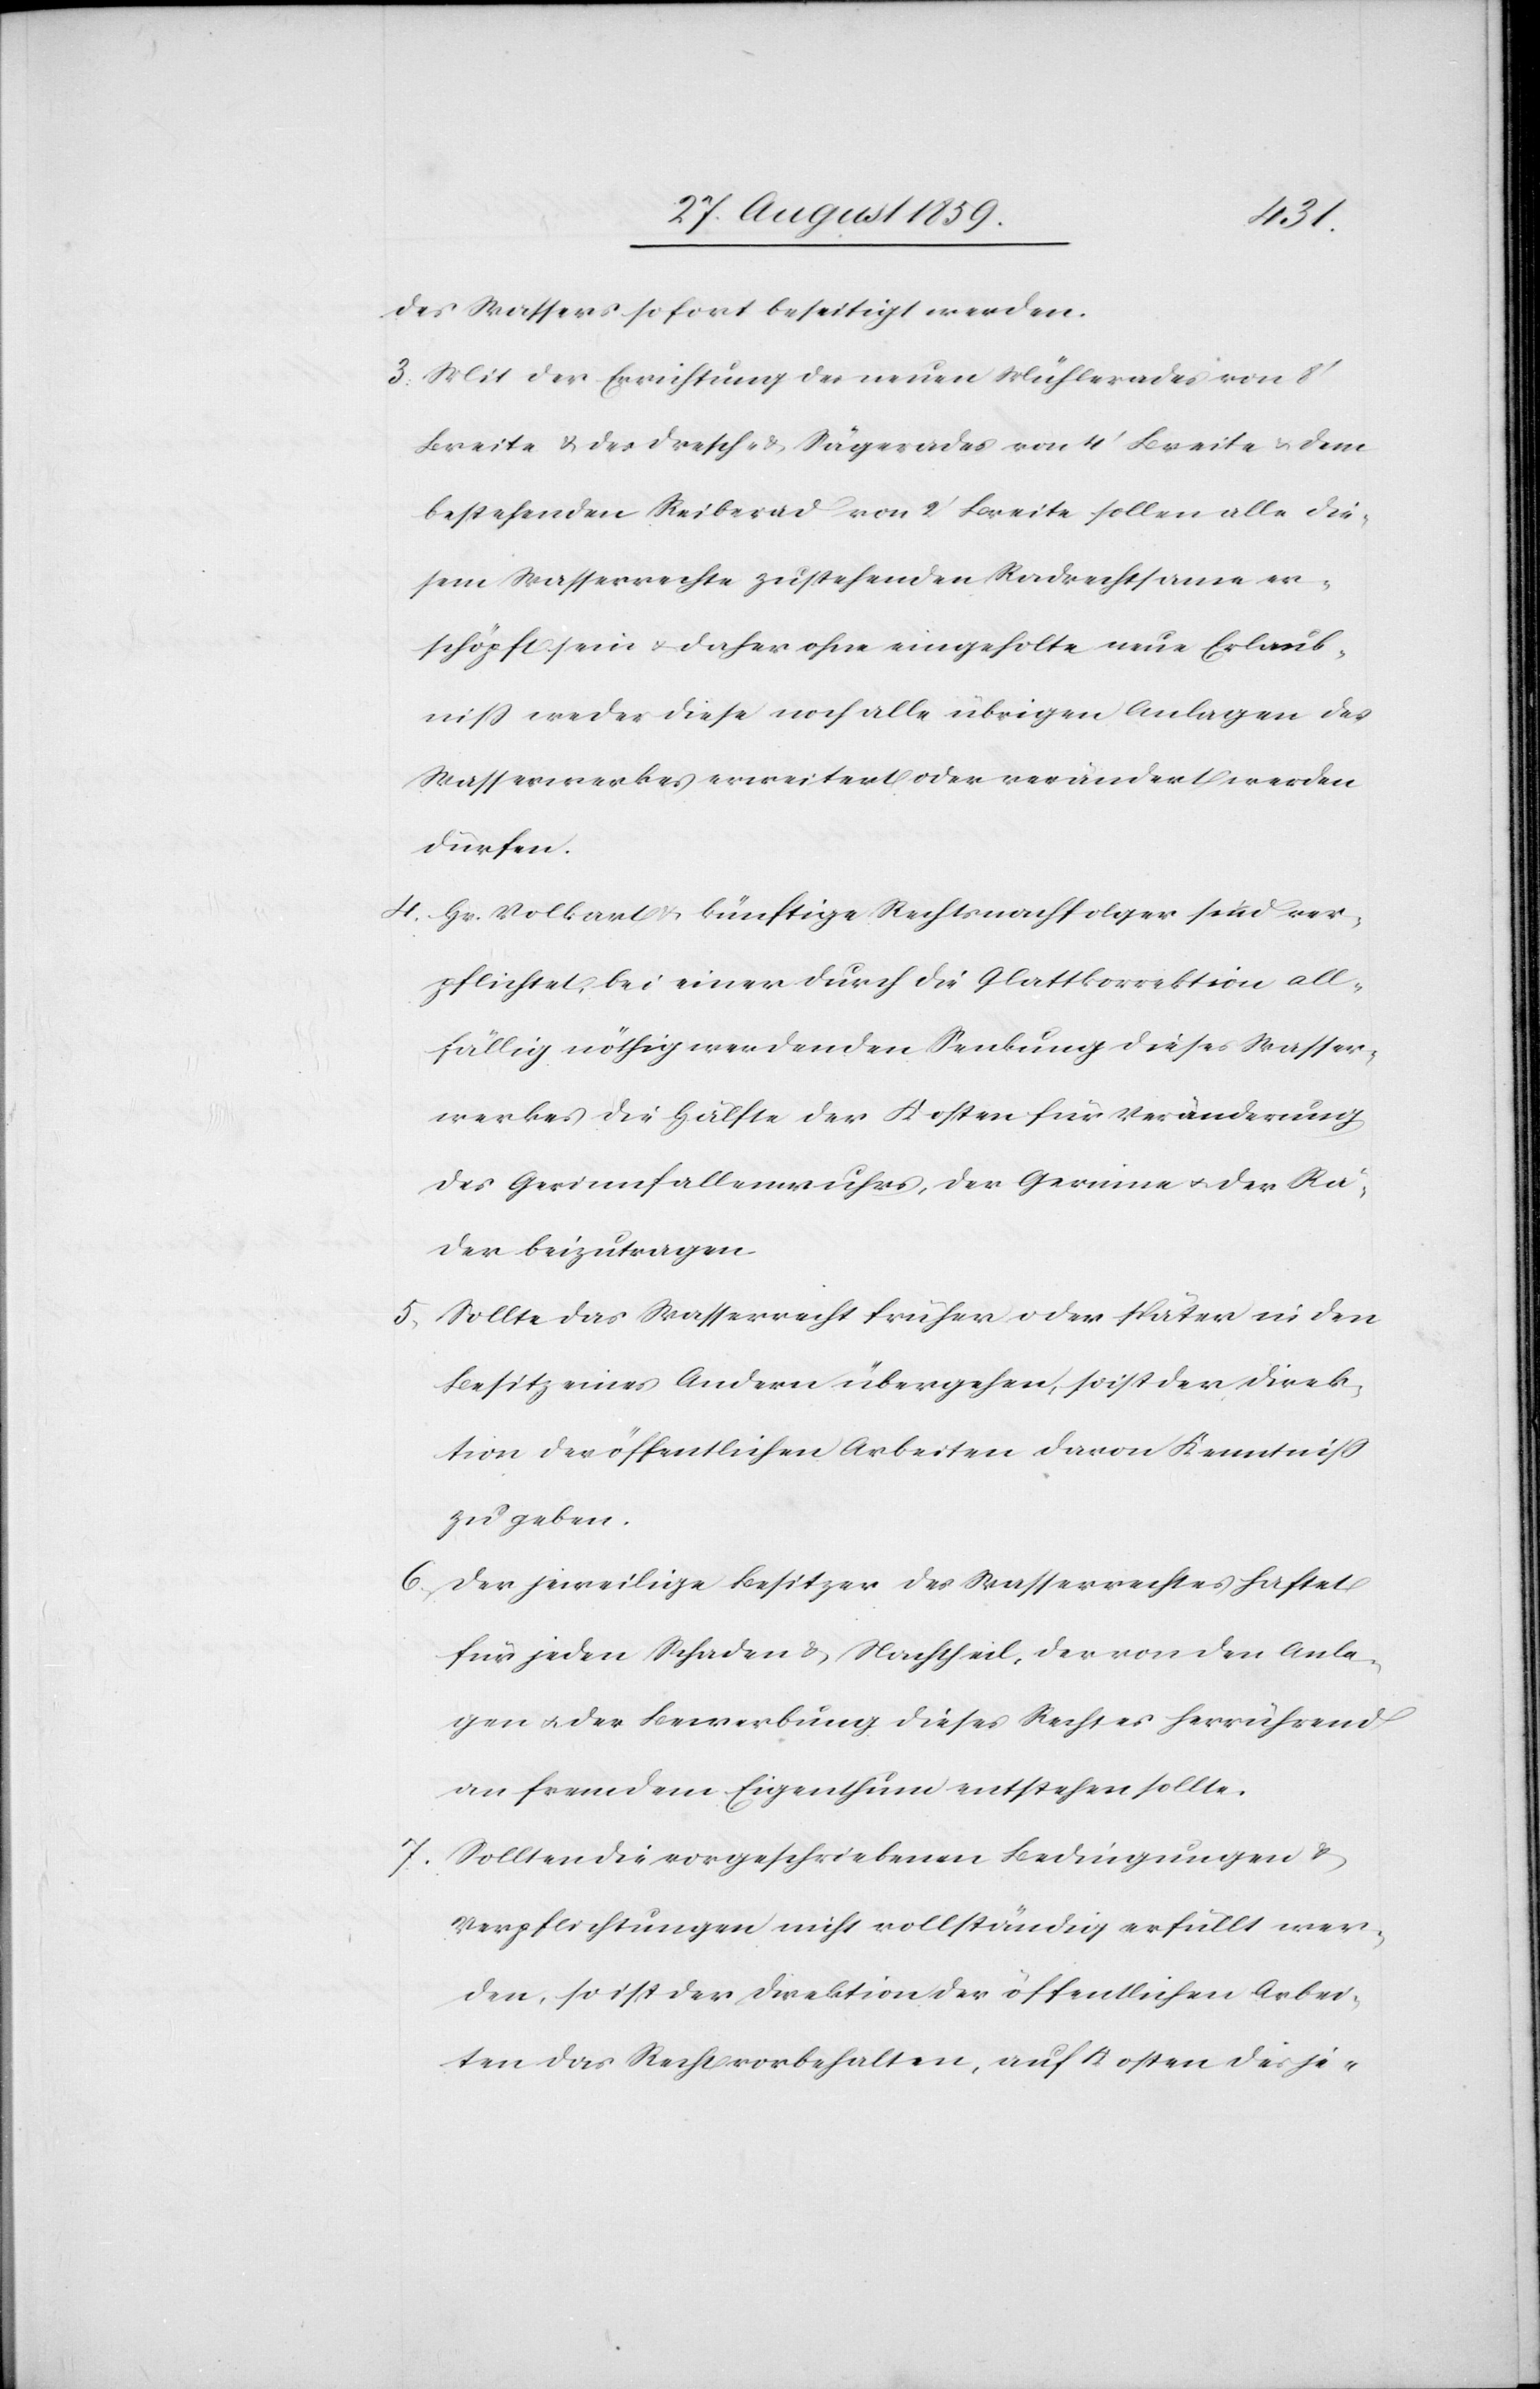
7.

des Wassers sofort beseitigt werden.
3. Mit der Errichtung des neuen Mühlerades von 8’
Breite & des Dresch- & Sägerades von 4’ Breite & dem
bestehenden Reiberad von 2’ Breite sollen alle die¬
sem Wasserrechte zustehenden Radrechtsame er¬
schöpft sein & daher ohne eingeholte neue Erlaub¬
niß weder diese noch alle übrigen Anlagen des
Wasserwerkes erweitert oder verändert werden
dürfen.
4. Hr. Volkart & künftige Rechtsnachfolger sind ver¬
pflichtet, bei einer durch die Glattkorrektion all¬
fällig nöthig werdenden Senkung dieses Wasser¬
werkes die Hälfte der Kosten für Veränderung
des Gerinnfallenwuhres, der Gerinne & der Rä¬
der beizutragen.
5. Sollte das Wasserrecht früher oder später in den
Besitz eines Andern übergehen, so ist der Direk¬
tion der öffentlichen Arbeiten davon Kenntniß
zu geben.
6. Der jeweilige Besitzer des Wasserrechtes haftet
für jeden Schaden & Nachtheil, der von den Anla¬
gen & der Bewerbung dieses Rechtes herrührend
an fremdem Eigenthum entstehen sollte.
Sollten die vorgeschriebenen Bedingungen &
Verpflichtungen nicht vollständig erfüllt wer¬
den, so ist der Direktion der öffentlichen Arbei¬
ten das Recht vorbehalten, auf Kosten des je-